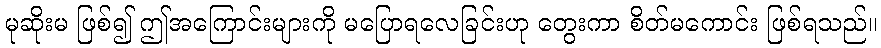
မုဆိုးမ ဖြစ်၍ ဤအကြောင်းများကို မပြောရလေခြင်းဟု တွေးကာ စိတ်မကောင်း ဖြစ်ရသည်။